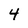
Character: 4